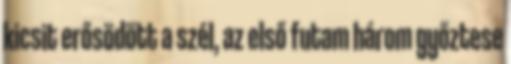
kicsit erősödött a szél, az első futam három győztese